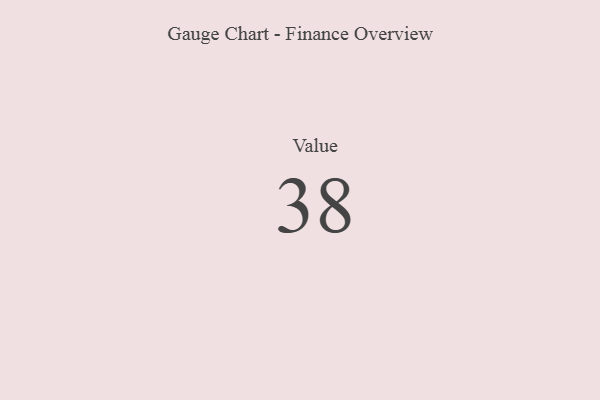
{"axis": {"x": "Metric", "y": "Value"}, "legend": [""], "data": [{"x": "Value", "y": 38, "type": ""}]}